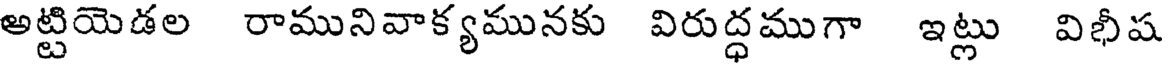
అట్టియెడల రామునివాక్యమునకు విరుద్ధముగా ఇట్లు విభీష